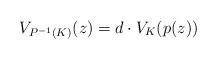
LaTeX: \begin{align*}V_{P^{-1}(K)}(z)=d\cdot V_K(p(z))\end{align*}